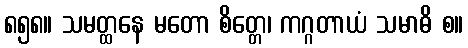
၈၅၈။ သမတ္ထနေ မတော စိတ္တေ၊ ကဂ္ဂတာယံ သမာဓိ စ။